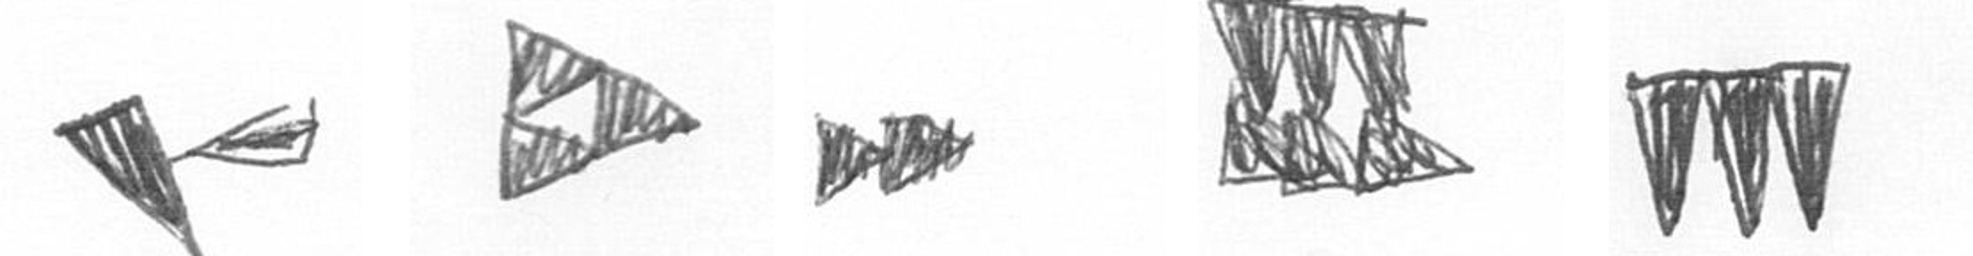
F K A D L